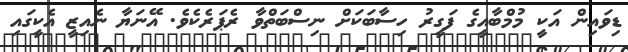
ޑިވައިން އަކީ މުމްބާއީގެ ފަގީރު ހިސާބަކަށް ނިސްބަތްވާ ރެޕަރެކެވެ. އޭނަޔާ ނެއިޒީ އެކީގައި